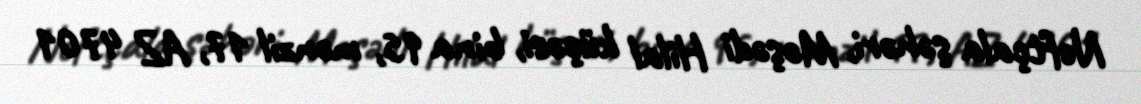
Neftçala şəhəri, Məşədi Hilal küçəsi, bina 95, mənzil 17, AZ 4701